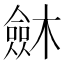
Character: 𣜟